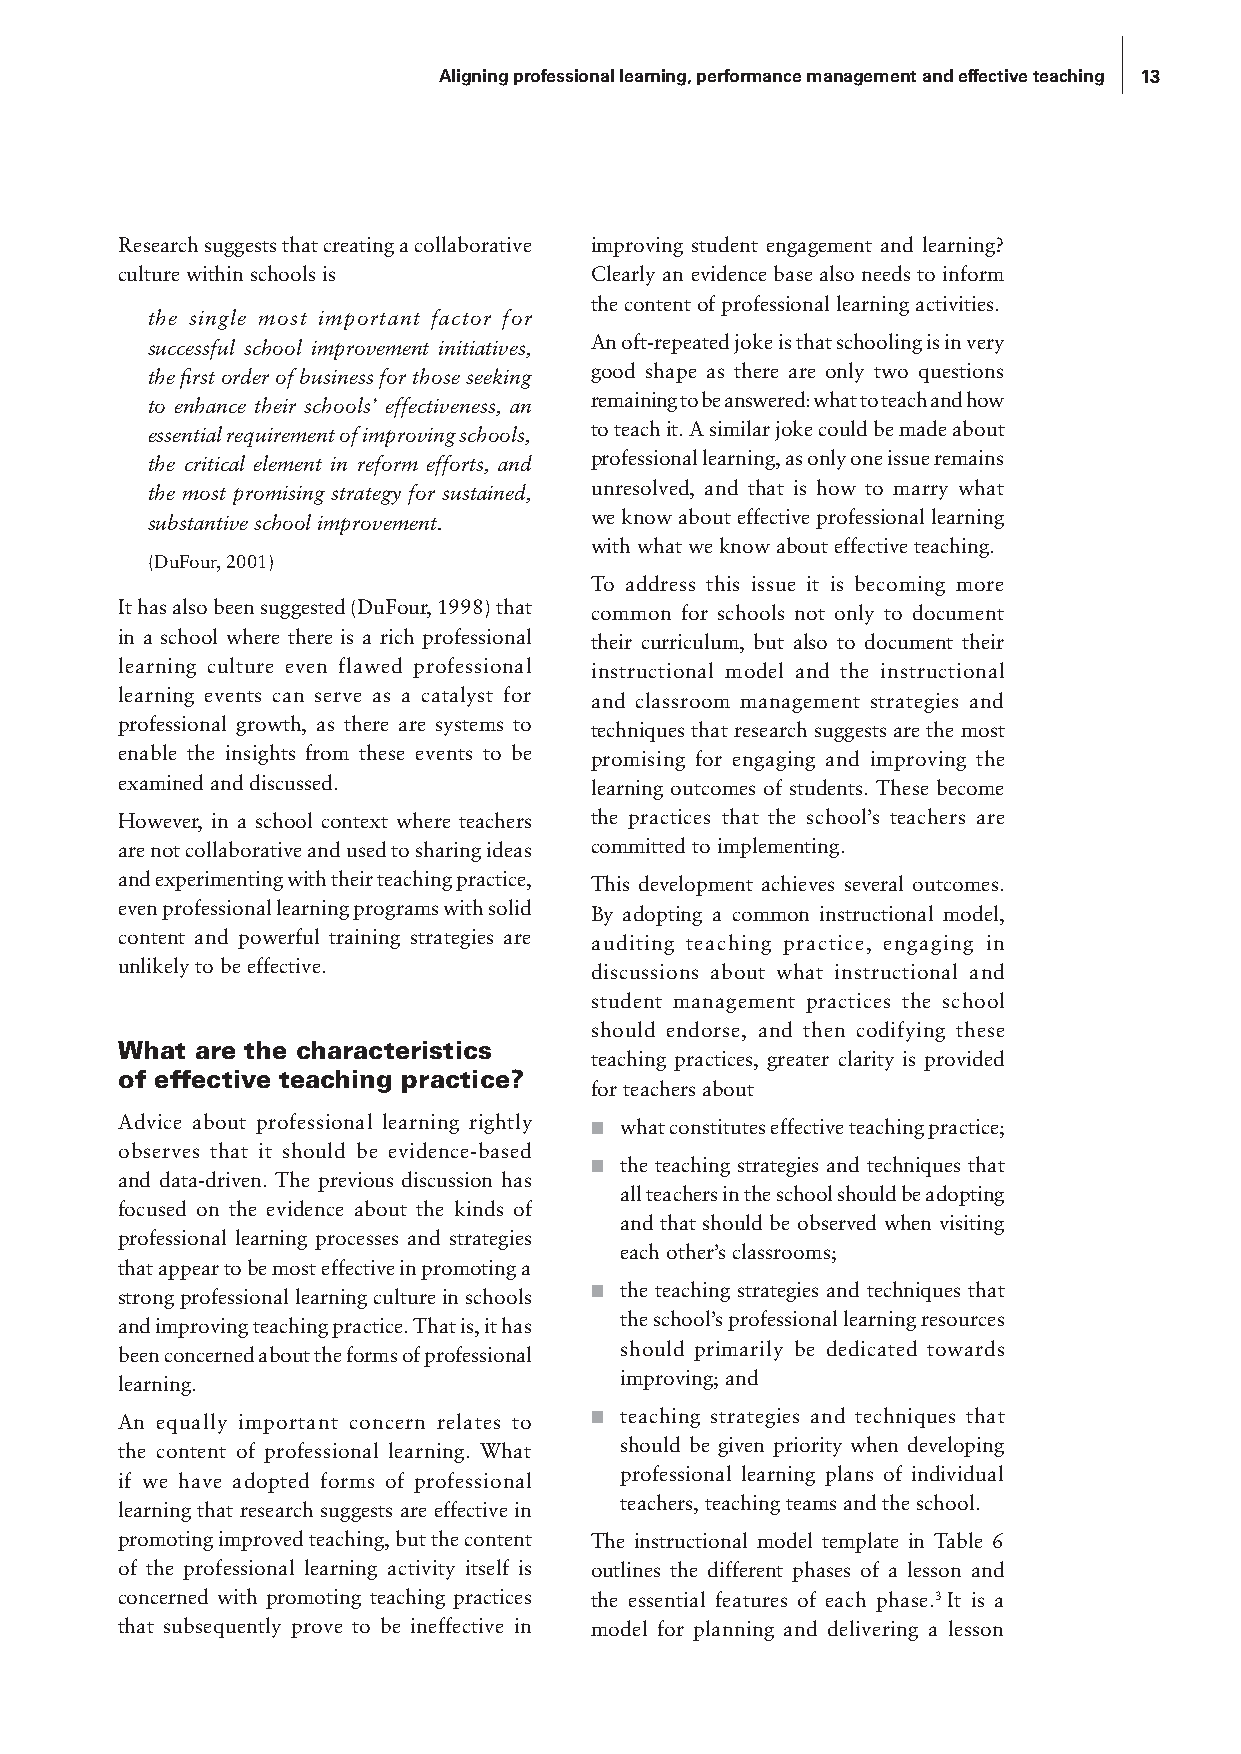
Aligning professional learning, performance management and effective teaching 13
 Research suggests that creating a collaborative improving student engagement and learning?
 culture within schools is      Clearly an evidence base also needs to inform
 the content of professional learning activities.
 the single most important factor for
 successful school improvement initiatives, An oft-repeated joke is that schooling is in very
 the first order of business for those seeking good shape as there are only two questions
 to enhance their schools’ effectiveness, an remaining to be answered: what to teach and how
 essential requirement of improving schools, to teach it. A similar joke could be made about
 the critical element in reform efforts, and professional learning, as only one issue remains
 the most promising strategy for sustained, unresolved, and that is how to marry what
 substantive school improvement. we know about effective professional learning
 with what we know about effective teaching.
 (DuFour, 2001)
 To address this issue it is becoming more
 It has also been suggested (DuFour, 1998) that common for schools not only to document
 in a school where there is a rich professional their curriculum, but also to document their
 learning culture even flawed professional instructional model and the instructional
 learning events can serve as a catalyst for and classroom management strategies and
 professional growth, as there are systems to techniques that research suggests are the most
 enable the insights from these events to be promising for engaging and improving the
 examined and discussed.        learning outcomes of students. These become
 However, in a school context where teachers the practices that the school’s teachers are
 are not collaborative and used to sharing ideas committed to implementing.
 and experimenting with their teaching practice, This development achieves several outcomes.
 even professional learning programs with solid By adopting a common instructional model,
 content and powerful training strategies are auditing teaching practice, engaging in
 unlikely to be effective.      discussions about what instructional and
 student management practices the school
 should endorse, and then codifying these
 What are the characteristics
 teaching practices, greater clarity is provided
 of effective teaching practice?
 for teachers about
 Advice about professional learning rightly ■ what constitutes effective teaching practice;
 observes that it should be evidence-based
 ■ the teaching strategies and techniques that
 and data-driven. The previous discussion has
 all teachers in the school should be adopting
 focused on the evidence about the kinds of
 and that should be observed when visiting
 professional learning processes and strategies
 each other’s classrooms;
 that appear to be most effective in promoting a
 strong professional learning culture in schools ■ the teaching strategies and techniques that
 the school’s professional learning resources
 and improving teaching practice. That is, it has
 should primarily be dedicated towards
 been concerned about the forms of professional
 improving; and
 learning.
 An equally important concern relates to ■ teaching strategies and techniques that
 should be given priority when developing
 the content of professional learning. What
 professional learning plans of individual
 if we have adopted forms of professional
 teachers, teaching teams and the school.
 learning that research suggests are effective in
 promoting improved teaching, but the content The instructional model template in Table 6
 of the professional learning activity itself is outlines the different phases of a lesson and
 concerned with promoting teaching practices the essential features of each phase.3 It is a
 that subsequently prove to be ineffective in model for planning and delivering a lesson